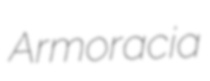
Armoracia